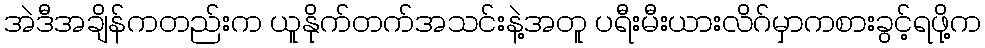
အဲဒီအချိန်ကတည်းက ယူနိုက်တက်အသင်းနဲ့အတူ ပရီးမီးယားလိဂ်မှာကစားခွင့်ရဖို့က